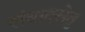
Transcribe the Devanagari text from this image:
संवादसेतु